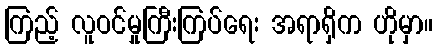
ကြည့် လူဝင်မှုကြီးကြပ်ရေး အရာရှိက ဟိုမှာ။